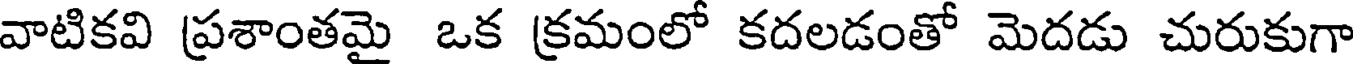
వాటికవి ప్రశాంతమై ఒక క్రమంలో కదలడంతో మెదడు చురుకుగా